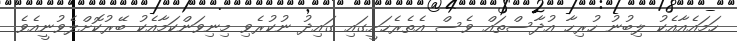
ހަމައެއާއެކު ލިބުނު ހުރިހާ އުދާސްތައް ވެސް އެތެރެހަށީގައި ގައިދު ނުކުރެވި މިނިވަންކަމާއެކު ބޭރުކޮށްލެވުނީއެވެ.